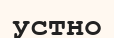
устно